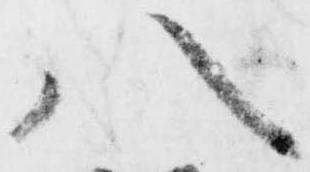
八